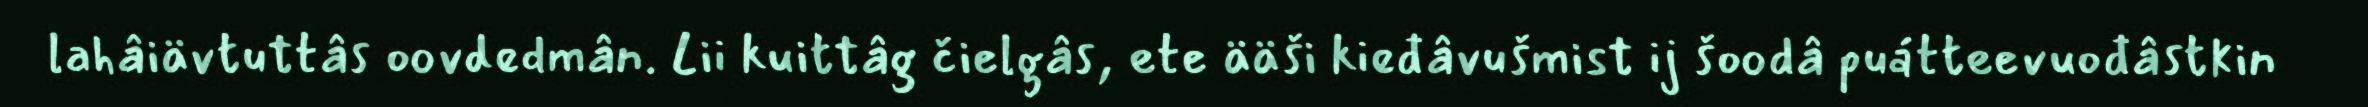
lahâiävtuttâs oovdedmân. Lii kuittâg čielgâs, ete ääši kieđâvušmist ij šoodâ puátteevuođâstkin